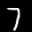
Label: 7